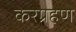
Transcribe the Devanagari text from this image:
करग्रहण